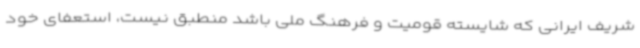
شریف ایرانی که شایسته قومیت و فرهنگ ملی باشد منطبق نیست، استعفای خود